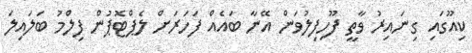
ކިއޫގައި ގިނައިރު ވާތީ ފޫހިފިލުވަން އޭނާ ބައެއް ފަހަރަށް ލެޕްޓޮޕުން ފިލްމު ބަލައިލަ